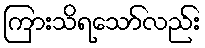
ကြားသိရသော်လည်း